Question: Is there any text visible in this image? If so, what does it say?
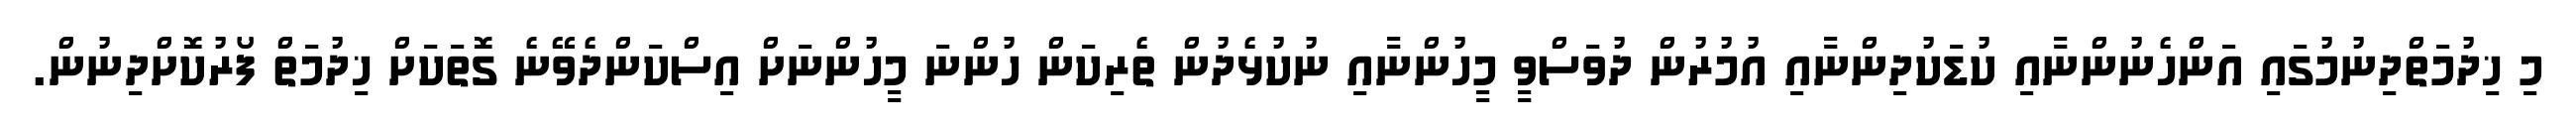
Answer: މި ޚިދުމަތްދިނުމުގައި އަންހެނުންނާއި ކުޑަކުދިންނާއި އުމުރުން ދުވަސްވީ މީހުންނާއި ނުކުޅެދުން ތެރިކަން ހުންނަ މީހުންނަށް އިސްކަންދެވޭނެ ގޮތަކަށް ޚިދުމަތް ފޯރުކޮށްދިނުން.